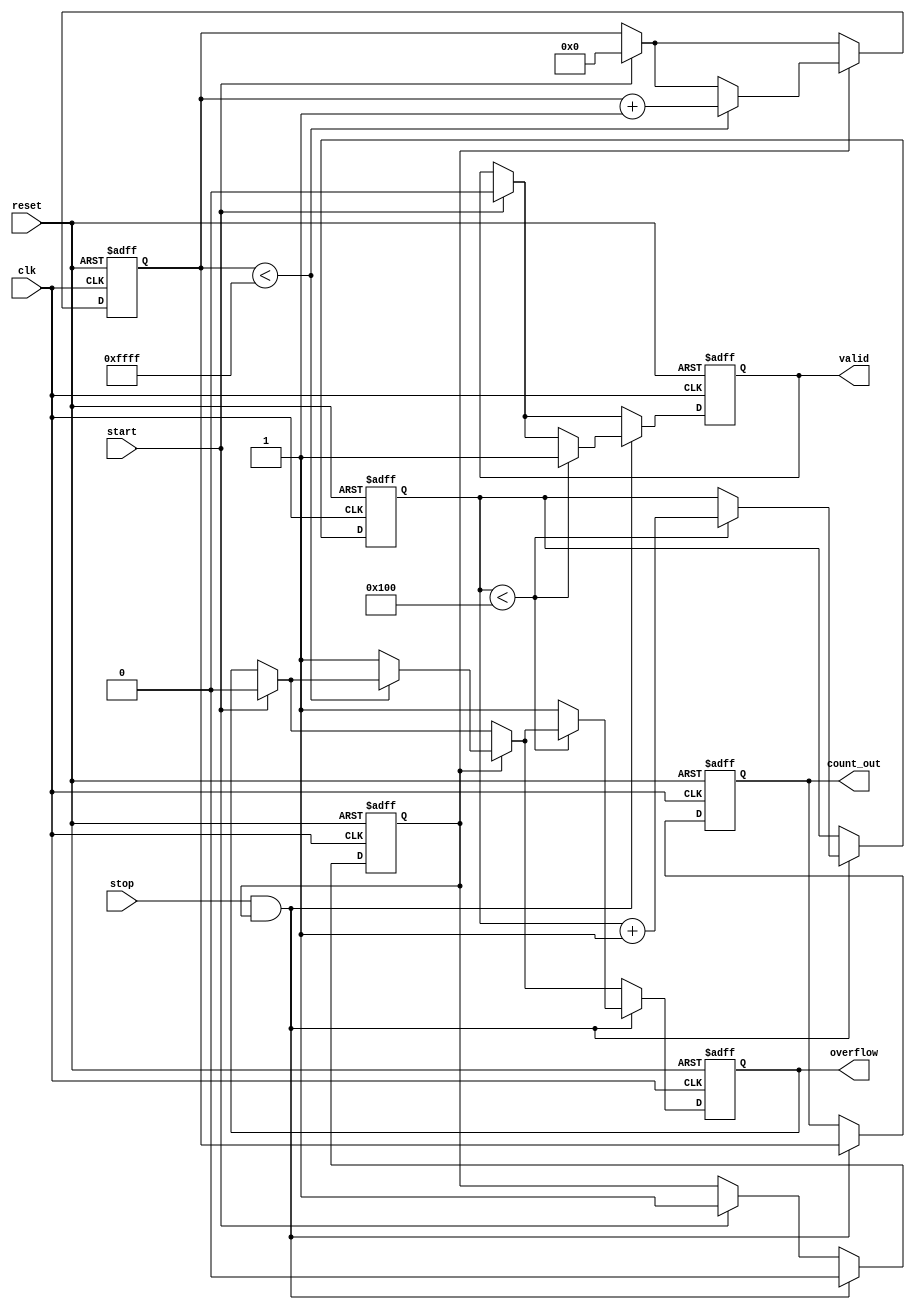
module TDC (
    input wire clk,             // Clock signal
    input wire reset,           // Reset signal
    input wire start,           // Start signal
    input wire stop,            // Stop signal
    output reg [15:0] count_out,// Output count value
    output reg valid,           // Data valid signal
    output reg overflow         // Overflow indication
);

    // Parameters
    parameter MAX_COUNT = 65535; // Maximum count value for 16-bit counter

    // State declaration
    reg counting;                // Counting state
    reg [15:0] counter;          // 16-bit counter

    // Memory block (simple array for demonstration)
    reg [15:0] memory [0:255];   // Memory array to store count values
    reg [7:0] write_pointer;      // Pointer for memory write
    reg [7:0] read_pointer;       // Pointer for memory read

    initial begin
        counter = 0;
        count_out = 0;
        valid = 0;
        overflow = 0;
        counting = 0;
        write_pointer = 0;
        read_pointer = 0;
    end

    // Counting process
    always @(posedge clk or posedge reset) begin
        if (reset) begin
            // Reset state
            counter <= 0;
            count_out <= 0;
            valid <= 0;
            overflow <= 0;
            counting <= 0;
            write_pointer <= 0;
            read_pointer <= 0;
        end
        else begin
            if (start) begin
                // Start counting on rising edge of Start signal
                counting <= 1;
                counter <= 0; // Reset counter on start
                valid <= 0;
                overflow <= 0;
            end
            
            if (counting) begin
                // Increment counter if counting
                if (counter < MAX_COUNT) begin
                    counter <= counter + 1;
                end
                else begin
                    // Overflow condition
                    overflow <= 1;
                end
            end

            if (stop && counting) begin
                // Stop counting on rising edge of Stop signal
                counting <= 0;

                // Store the count in memory if not full
                if (write_pointer < 256) begin
                    memory[write_pointer] <= counter;
                    write_pointer <= write_pointer + 1;
                    valid <= 1; // Data is valid after storing
                end
                else begin
                    overflow <= 1; // Indicate overflow if memory is full
                end

                // Output the count value
                count_out <= counter;
            end
        end
    end

    // Output retrieval process (for demonstration purpose)
    always @(posedge clk) begin
        if (valid) begin
            // Here, you can implement logic to read from memory if needed.
            // We can read the count from the memory using read_pointer.
            // For now, we'll just keep the count_out updated on valid signal.
        end
    end

endmodule